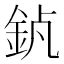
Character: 𨥵